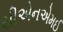
સીએનએમઈ